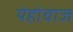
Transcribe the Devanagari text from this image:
येहोवाज